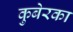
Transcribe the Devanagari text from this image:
कुबेरका